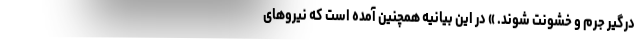
درگیر جرم و خشونت شوند. » در این بیانیه همچنین آمده است که نیروهای